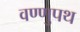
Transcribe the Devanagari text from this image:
वण्णुपथ